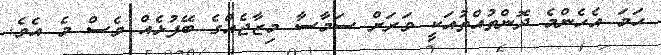
ހަމަ އެހެންމެ ދޮންތުއްތުއަކީ ވަރަށް ސަމާސާ މިޒާޖެއްގެ ބޭފުޅެއް ވެސް މެ އެވެ.